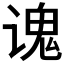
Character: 𫍷